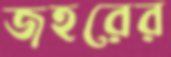
জহরের